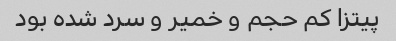
پیتزا کم حجم و خمیر و سرد شده بود